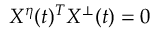
X ^ { \eta } ( t ) ^ { T } X ^ { \bot } ( t ) = 0